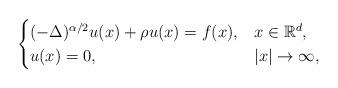
LaTeX: \begin{align*}\begin{cases} (-\Delta)^{\alpha/2}u(x) + \rho u(x) = f(x), &x\in {\mathbb R}^d,\\ u(x)=0,&\lvert x\rvert\to \infty, \end{cases}\end{align*}